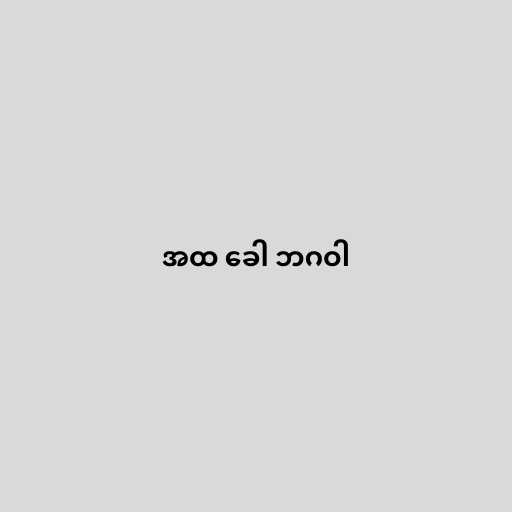
အထ ခေါ ဘဂဝါ